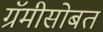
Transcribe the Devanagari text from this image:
ग्रॅमीसोबत